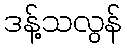
ဒန့်သလွန်